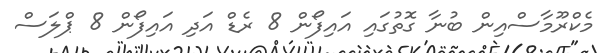
މެކްރޫމާސްއިން ބުނާ ގޮތުގައި އައިފޯން 8 ރެޑް އަދި އައިފޯން 8 ޕްލަސް